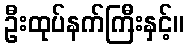
ဦးထုပ်နက်ကြီးနှင့်။